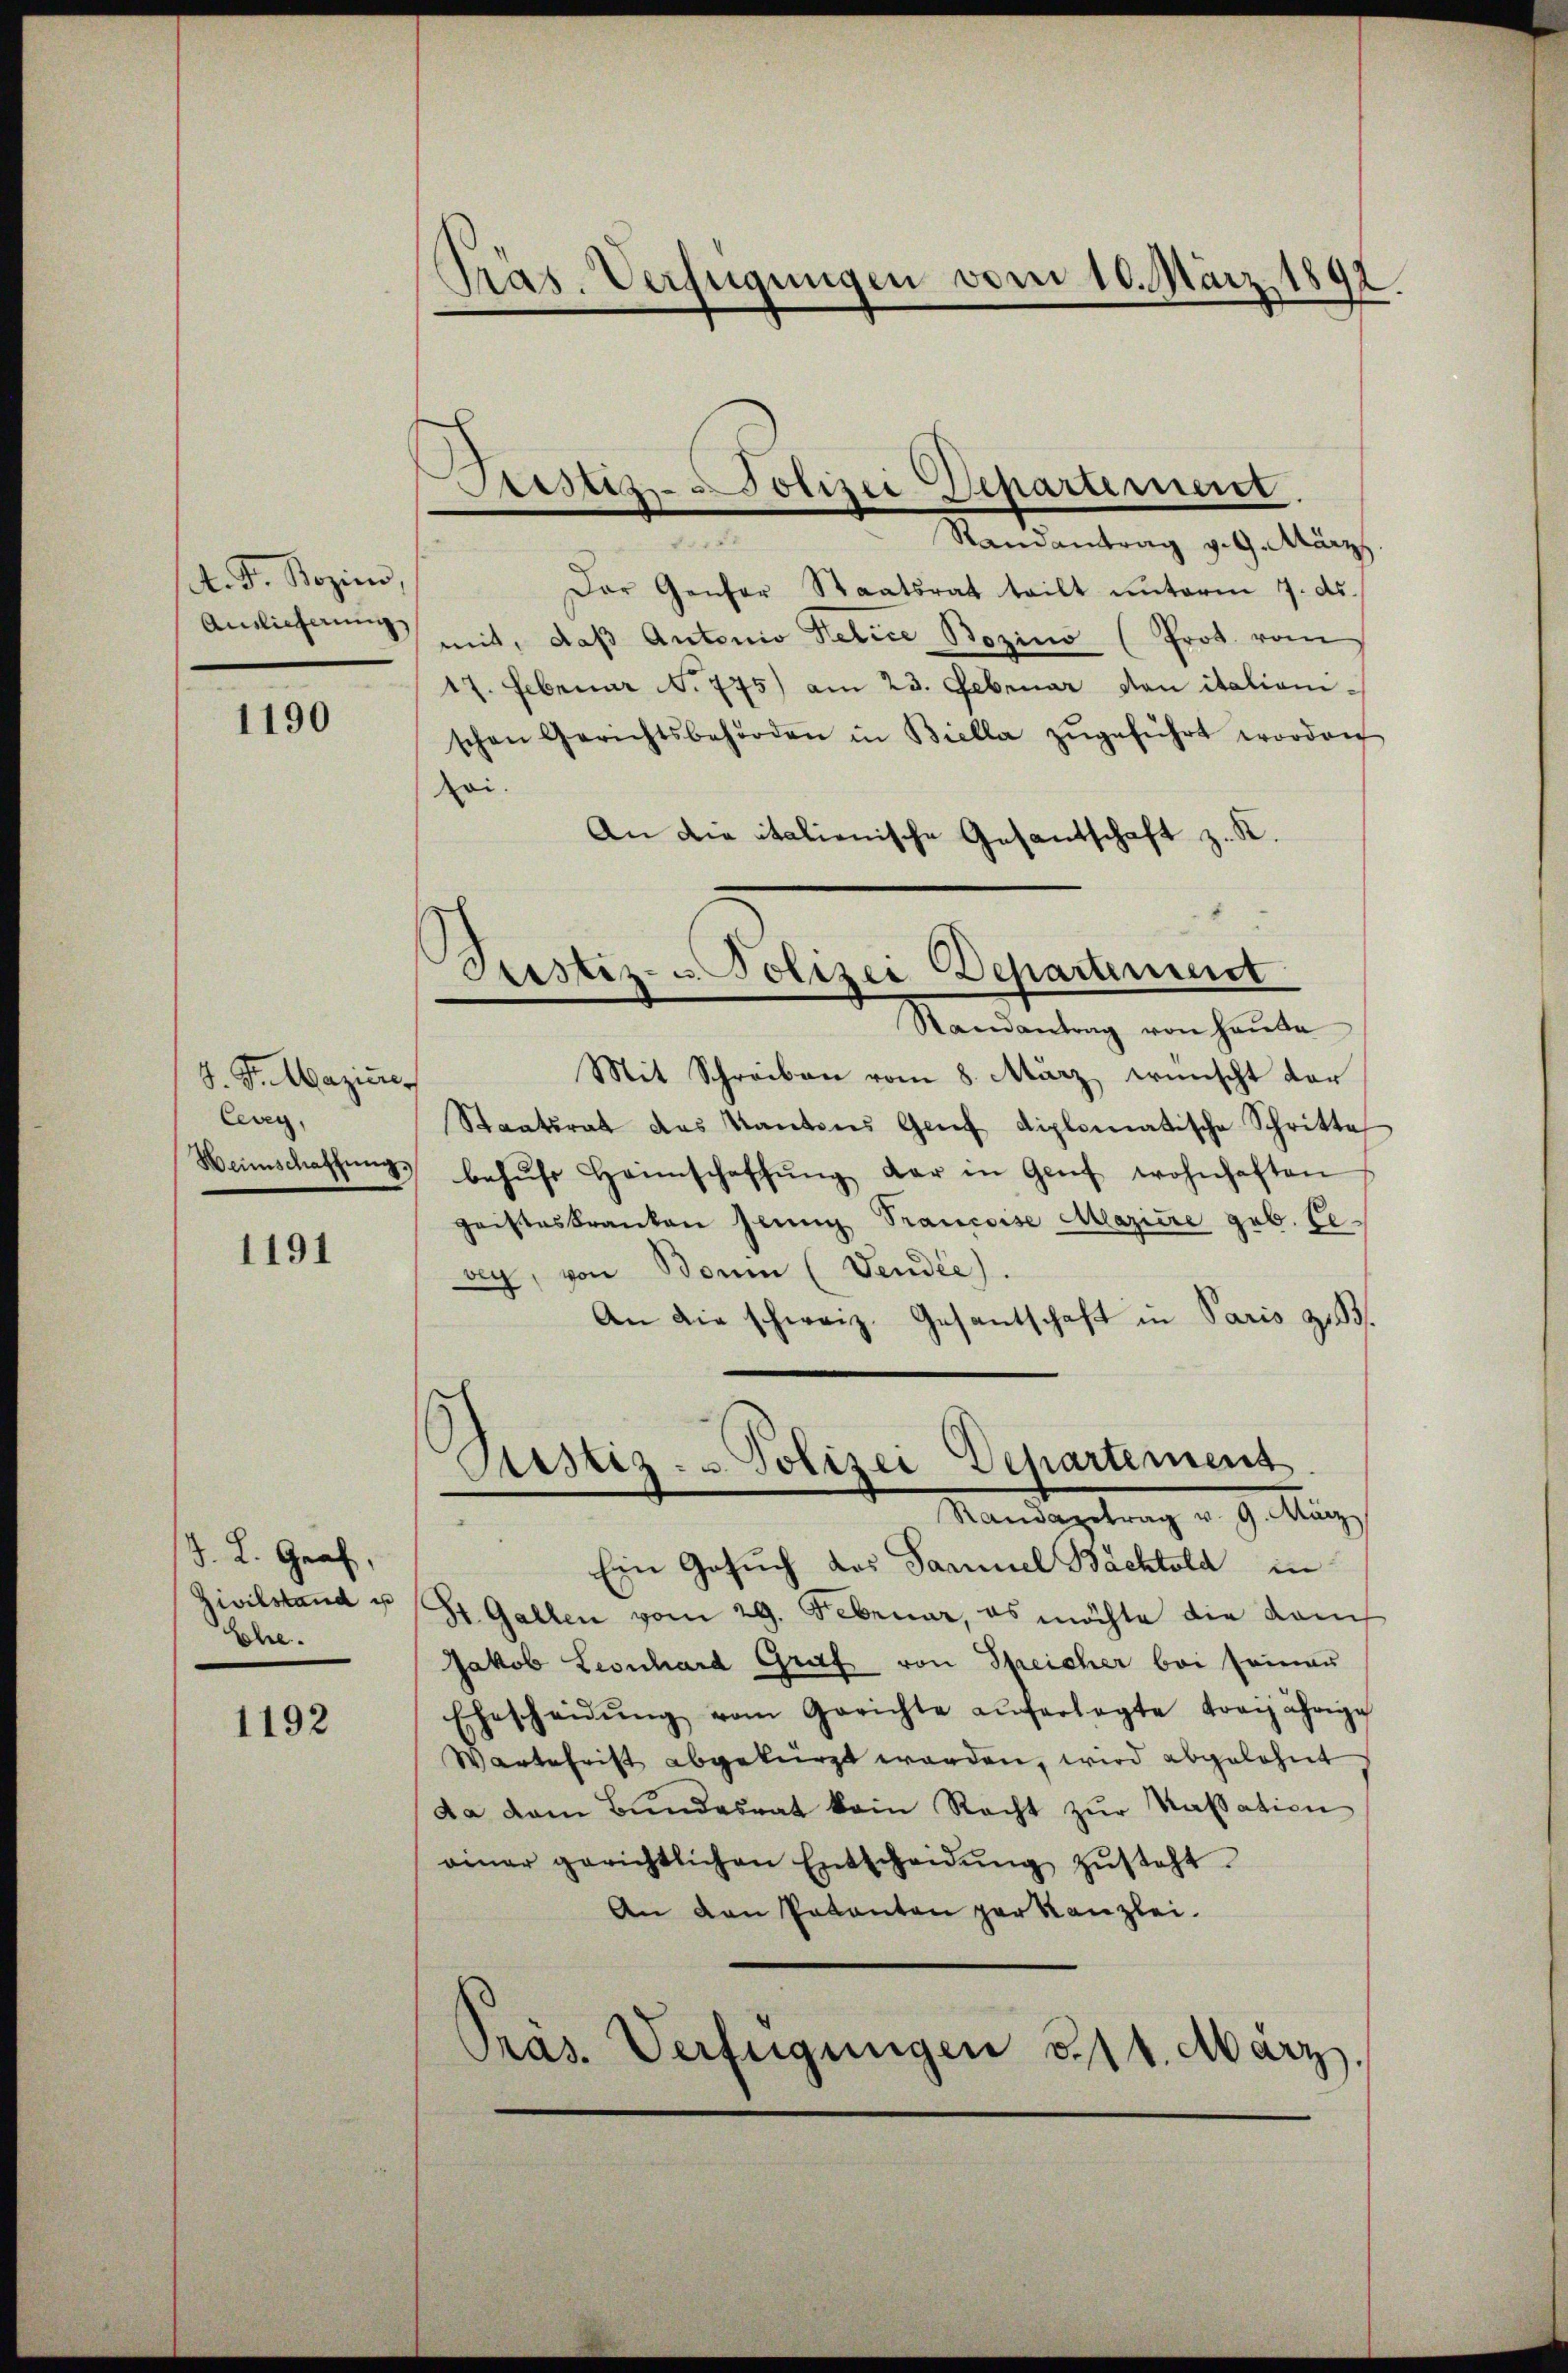
A. F. Bozien,
Auslieferung

1190

S. Fr. Maziner
Ceveg,
Heinschaffung.

1191

J. L. Graf,
Zivilstand us
Ehe.

1192

Pras. Verfügungen vom 10. März 1892.

Serstiz-Polizei Departement.

Justiz- u. Polizei Departement

Randantrag v. 9. März.
Der Genfer Staatsrat teilt unterm 7. ds.
mit, daß Antonio delice Bozins (Prot. vom
17. Februar N. 775) am 23. Februar von italianischen Gerichtsbehörden in Bielle zŭgeführt worden
zei.
An die italienische Gesantschaft z. K.
Randantrag von Hausa
Mit Schreiben vom 8. März wünscht dar
Staatsrat des Kantons Genf diplomatische Schritte
behŭfs Heimschaffŭng der in Genf wohnhaften
geisteskranken Jenny Trancoise Maziere geb. Leag, von Bonn (Vendie).
An die schweiz. Gesantschaft in Paris zu 3.
Ristiz- & Polizei Departement
Standagetrag v. 9. März
Ein Gesuch des Sammel Bachtold in
St. Gallen vom 29. Februar, es möchte die Kam
Jakob Leonhard Graf von Speicher bei seiner
Ehescheidŭng vom Gerichte aŭferlegte dreijährige
Wartefrist abgekürzt worden, wird abgelehnt
da dem Bŭndesrat kein Recht zŭr Kassation
amer gerichtlichen Entscheidŭng zŭsteht.
An den Patenten per Kanzlei.
Pras. Verfügungen 314. März